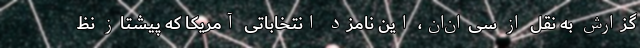
گزارش به نقل از سی‌ان‌ان، این نامزد انتخاباتی آمریکا که پیشتاز نظ